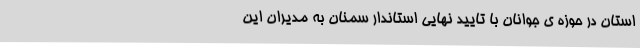
استان در حوزه ی جوانان با تایید نهایی استاندار سمنان به مدیران این